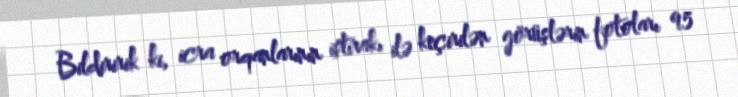
Bildiririk ki, icra orqanlarının iştirakı ilə keçirilən görüşlərin fotoları 95